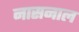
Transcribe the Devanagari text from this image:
नासनाल